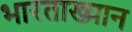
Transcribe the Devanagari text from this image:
भारताख्यान